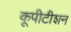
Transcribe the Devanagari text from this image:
कूपीटीशन